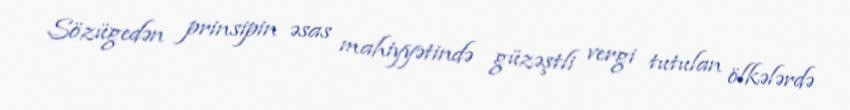
Sözügedən prinsipin əsas mahiyyətində güzəştli vergi tutulan ölkələrdə